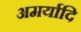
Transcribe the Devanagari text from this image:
अमर्यादि